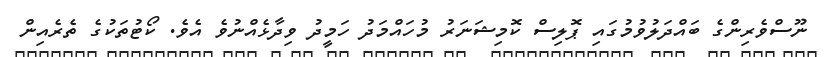
ނޫސްވެރިންގެ ބައްދަލުވުމުގައި ޕޮލިސް ކޮމިޝަނަރު މުހައްމަދު ހަމީދު ވިދާޅެއްނުވެ އެވެ. ކޯޓުތަކުގެ ތެރެއިން